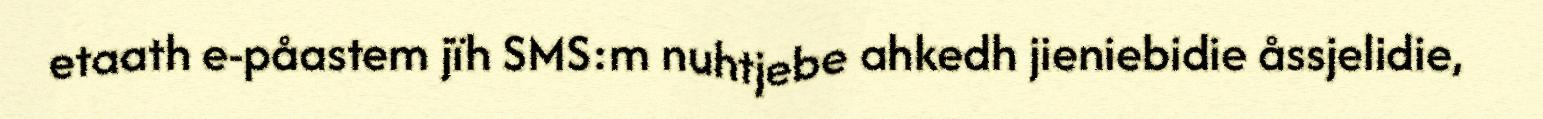
etaath e-påastem jïh SMS:m nuhtjebe ahkedh jieniebidie åssjelidie,